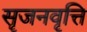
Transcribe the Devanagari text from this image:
सृजनवृत्ति